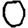
Digit: 0